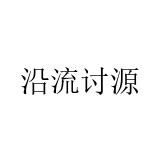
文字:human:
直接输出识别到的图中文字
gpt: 沿流讨源